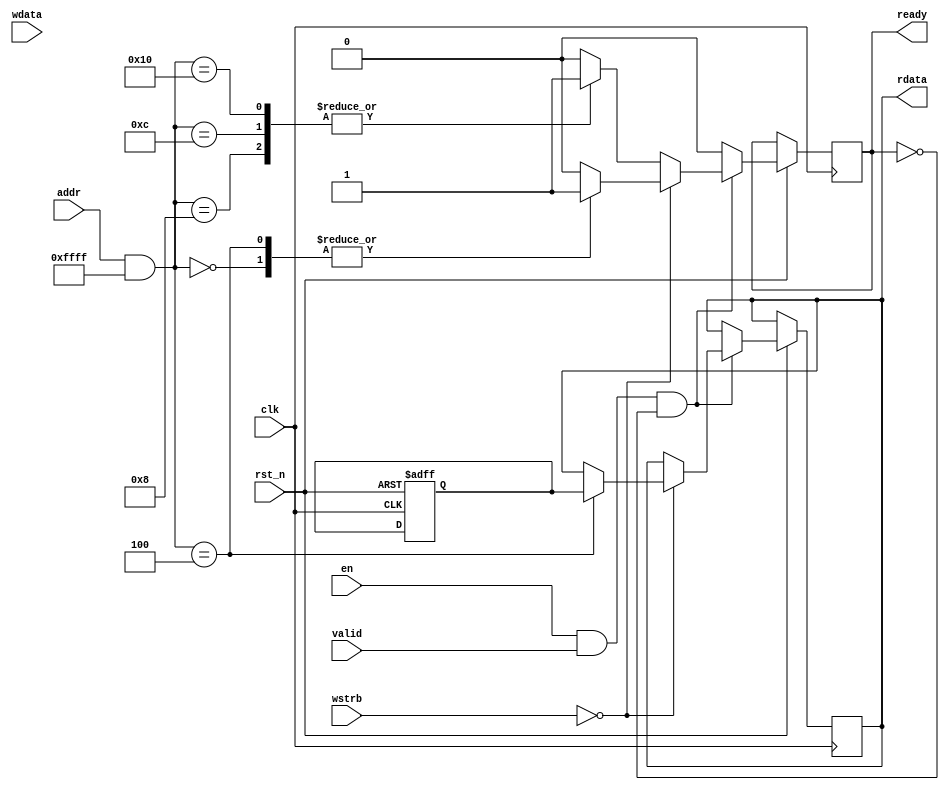
module GCD_MMAP (
    input clk,
    input en,
    input rst_n,
    input [31:0] addr,
    input valid,
    input [3:0] wstrb,
    output reg ready,
    input [31:0] wdata,
    output reg [31:0] rdata
);
`undef BLOCKING_OUTPUT
// GCD_MMAP's address mapping
parameter GCD_MMAP_BASE = 32'h4000_0000;
parameter GCD_MMAP_RANG = 32'h0000_ffff;
parameter GCD_MMAP_READ_STATUS  =   32'h0000_0000;
parameter GCD_MMAP_READ_Y       =   32'h0000_0004; // jump 4bytes = 32bits
parameter GCD_MMAP_WRITE_A      =   32'h0000_0008;
parameter GCD_MMAP_WRITE_B      =   32'h0000_000c;
parameter GCD_MMAP_START        =   32'h0000_0010;

// Input A
reg [31:0] A;
// Input B
reg [31:0] B;
// Output Y
reg [31:0] Y;
// Signal to start calculation
reg start;
// Internal masked  address
wire [31:0] gcd_addr;

assign gcd_addr = (addr) & GCD_MMAP_RANG;

/**
 *	This block handles the MMAP request.
 *
 *	Signal description:
 *	[31:0] addr: MMAP request address
 *	[31:0] wdata:Data write from master
 *	[31:0] rdata:Data read from module
 *  [3:0] wstrb: each bit enables 8-bit write to the 32-bit data
 *  valid:		 MMAP request from master
 *  ready:	     MMAP request is handled
 */
always @(posedge clk or negedge rst_n)
begin
    if (!rst_n) begin
        A <= 0;
        B <= 0;
        start <= 0;
    end else begin
        start <= 0;
        ready <= 0;
        if (en && valid && !ready) begin
            if (!wstrb) begin   //read
                case (gcd_addr)
                    // Read the state of the state machine
                    GCD_MMAP_READ_STATUS: begin
//                        rdata <= your_state; //TODO
                        ready <= 1;
                    end
                    // Read GCD output
                    // If using blocking output, ready signal will be set
                    // after GCD is completed.
                    // If not using blocking output, SW need to read the
                    // status to determine whether GCD is completed in order
                    // to read the correct output.
                    GCD_MMAP_READ_Y: begin
                        rdata <= Y;
`ifdef BLOCKING_OUTPUT
//                        if (your_state != CALCULATE_STATE) begin //TODO
//                                ready <= 1;
//                        end
`else
                        ready <= 1;
`endif
                    end
                    default: $display("GCD_MMAP: read invalid reg: %h(%h)", gcd_addr, addr);
                endcase
            end else begin      //write
                case (gcd_addr)
                    // Write A reg
                    GCD_MMAP_WRITE_A: begin
                        A <= wdata;
                        ready <= 1;
                    end
                    // Write B reg
                    GCD_MMAP_WRITE_B: begin
                        B <= wdata;
                        ready <= 1;
                    end
                    // Write anything to GCD_MMAP_START to start calculation
                    GCD_MMAP_START: begin
                        start <= 1;
                        ready <= 1;
                    end
                    default: $display("GCD_MMAP: write invalid reg: %h(%h)", gcd_addr, addr);
                endcase
            end
        end
    end
end

//TODO
// Implement your GCD design below, use successive subtraction method only
always@(posedge clk or negedge rst_n)begin
	if(!rst_n) begin
		Y <= 0;
	end
end


endmodule